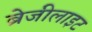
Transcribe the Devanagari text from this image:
ब्रेजीलाइट